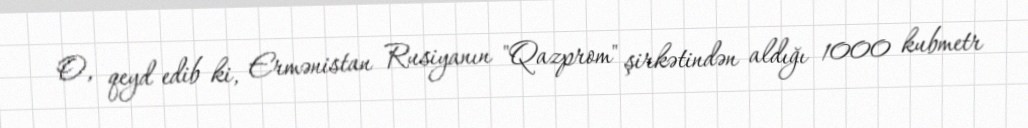
O, qeyd edib ki, Ermənistan Rusiyanın "Qazprom" şirkətindən aldığı 1000 kubmetr